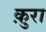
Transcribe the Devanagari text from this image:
क़ुरा